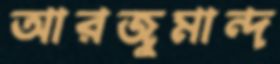
আরজুমান্দ